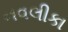
નવલીકા